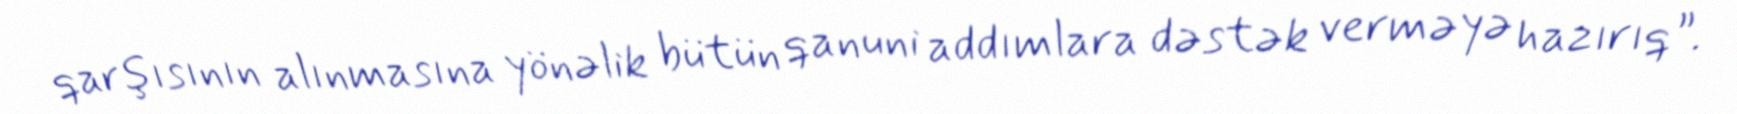
qarşısının alınmasına yönəlik bütün qanuni addımlara dəstək verməyə hazırıq”.